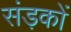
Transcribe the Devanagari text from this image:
संड़कों